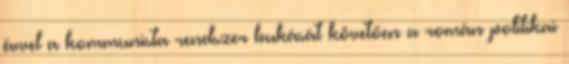
évvel a kommunista rendszer bukását követően a román politikai